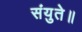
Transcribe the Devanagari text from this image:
संयुते॥